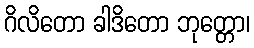
ဂိလိတော ခါဒိတော ဘုတ္တော၊